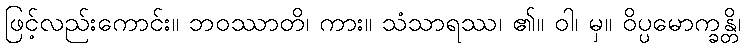
ဖြင့်လည်းကောင်း။ ဘဝဿာတိ၊ ကား။ သံသာရဿ၊ ၏။ ဝါ၊ မှ။ ဝိပ္ပမောက္ခန္တိ၊